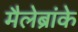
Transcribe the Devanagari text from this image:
मैलेब्रांके